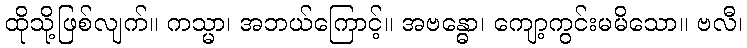
ထိုသို့ဖြစ်လျက်။ ကသ္မာ၊ အဘယ်ကြောင့်။ အဗန္ဓော၊ ကျော့ကွင်းမမိသော။ ဗလီ၊